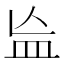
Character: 𬐗